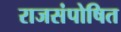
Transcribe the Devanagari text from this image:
राजसंपोषित